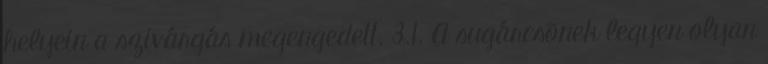
helyein a szivárgás megengedett. 3.1. A sugárcsõnek legyen olyan